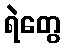
ရဲတွေ